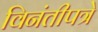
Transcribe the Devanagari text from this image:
विनंतीपत्रे